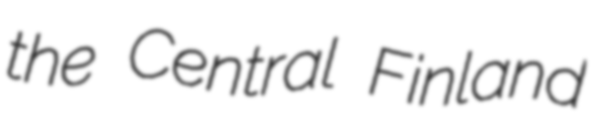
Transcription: the Central Finland